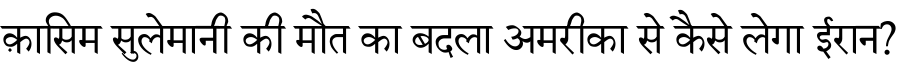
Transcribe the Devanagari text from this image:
क़ासिम सुलेमानी की मौत का बदला अमरीका से कैसे लेगा ईरान?